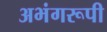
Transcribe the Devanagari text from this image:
अभंगरूपी